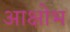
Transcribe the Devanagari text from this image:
आक्षोभ